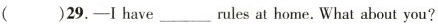
( )29.——I have ___ rules at home. What about you?